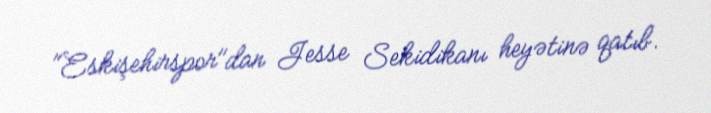
"Eskişehirspor"dan Jesse Sekidikanı heyətinə qatıb.